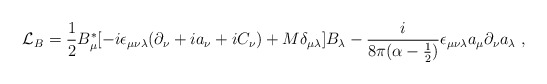
\begin{align*}{\cal L}_B =\frac{1}{2}B^*_{\mu}[-i\epsilon_{\mu\nu\lambda}(\partial_\nu + ia_\nu+iC_\nu)+M\delta_{\mu\lambda}]B_\lambda- \frac{i}{8\pi(\alpha-\frac{1}{2})}\epsilon_{\mu\nu\lambda}a_\mu\partial_\nu a_\lambda\;,\end{align*}